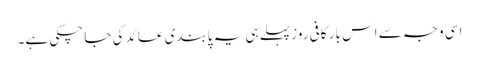
اسی وجہ سے اس بار کافی روز پہلے ہی یہ پابندی عائد کی جا چکی ہے۔